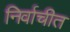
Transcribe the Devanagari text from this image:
निर्वाचीत